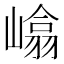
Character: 嶖